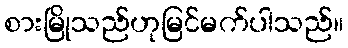
စားမြိုသည်ဟုမြင်မက်ပါသည်။